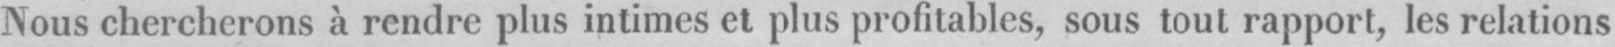
Nous chercherons à rendre plus intimes et plus profitables, sous tout rapport, les relations